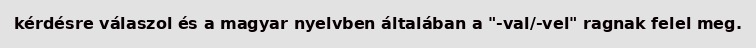
kérdésre válaszol és a magyar nyelvben általában a "-val/-vel" ragnak felel meg.